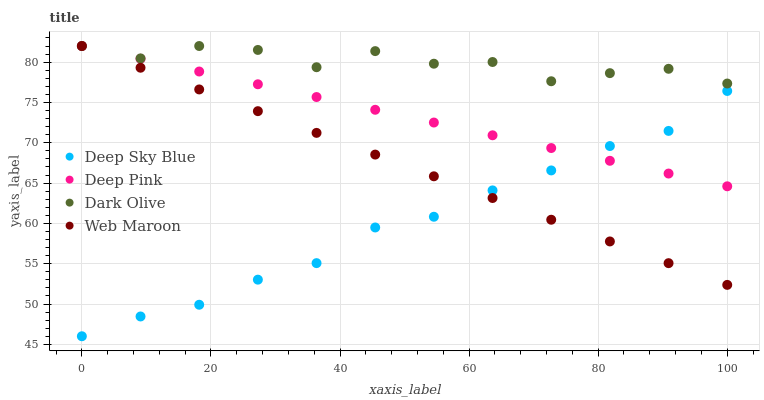
| xaxis_label | Deep Sky Blue | Deep Pink | Dark Olive | Web Maroon |
 | --- | --- | --- | --- | --- |
 | 0 | 46 | 82 | 82 | 82 |
 | 9.09 | 48.5 | 80.4 | 80.5 | 79.3 |
 | 18.2 | 49.9 | 78.8 | 82 | 76.6 |
 | 27.3 | 53 | 77.3 | 81.5 | 73.9 |
 | 36.4 | 55.1 | 75.7 | 79.4 | 71.2 |
 | 45.5 | 59.5 | 74.1 | 81.4 | 68.5 |
 | 54.5 | 60.8 | 72.5 | 79.8 | 65.8 |
 | 63.6 | 64.1 | 70.9 | 80 | 63.1 |
 | 72.7 | 66.6 | 69.3 | 77.6 | 60.5 |
 | 81.8 | 69.6 | 67.8 | 78.6 | 57.8 |
 | 90.9 | 71.5 | 66.2 | 79.2 | 55.1 |
 | 100 | 76.4 | 64.6 | 77.3 | 52.4 |